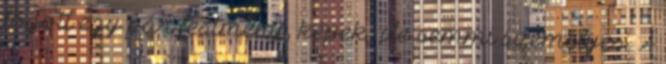
lógott egy pár festmény, képek, de semmi személyes. A